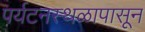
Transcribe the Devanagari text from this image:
पर्यटनस्थळापासून